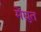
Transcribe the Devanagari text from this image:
मेंद्युत